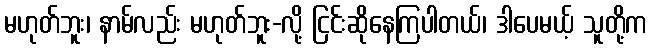
မဟုတ်ဘူး၊ နာမ်လည်း မဟုတ်ဘူး-လို့ ငြင်းဆိုနေကြပါတယ်၊ ဒါပေမယ့် သူတို့က